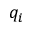
q _ { i }